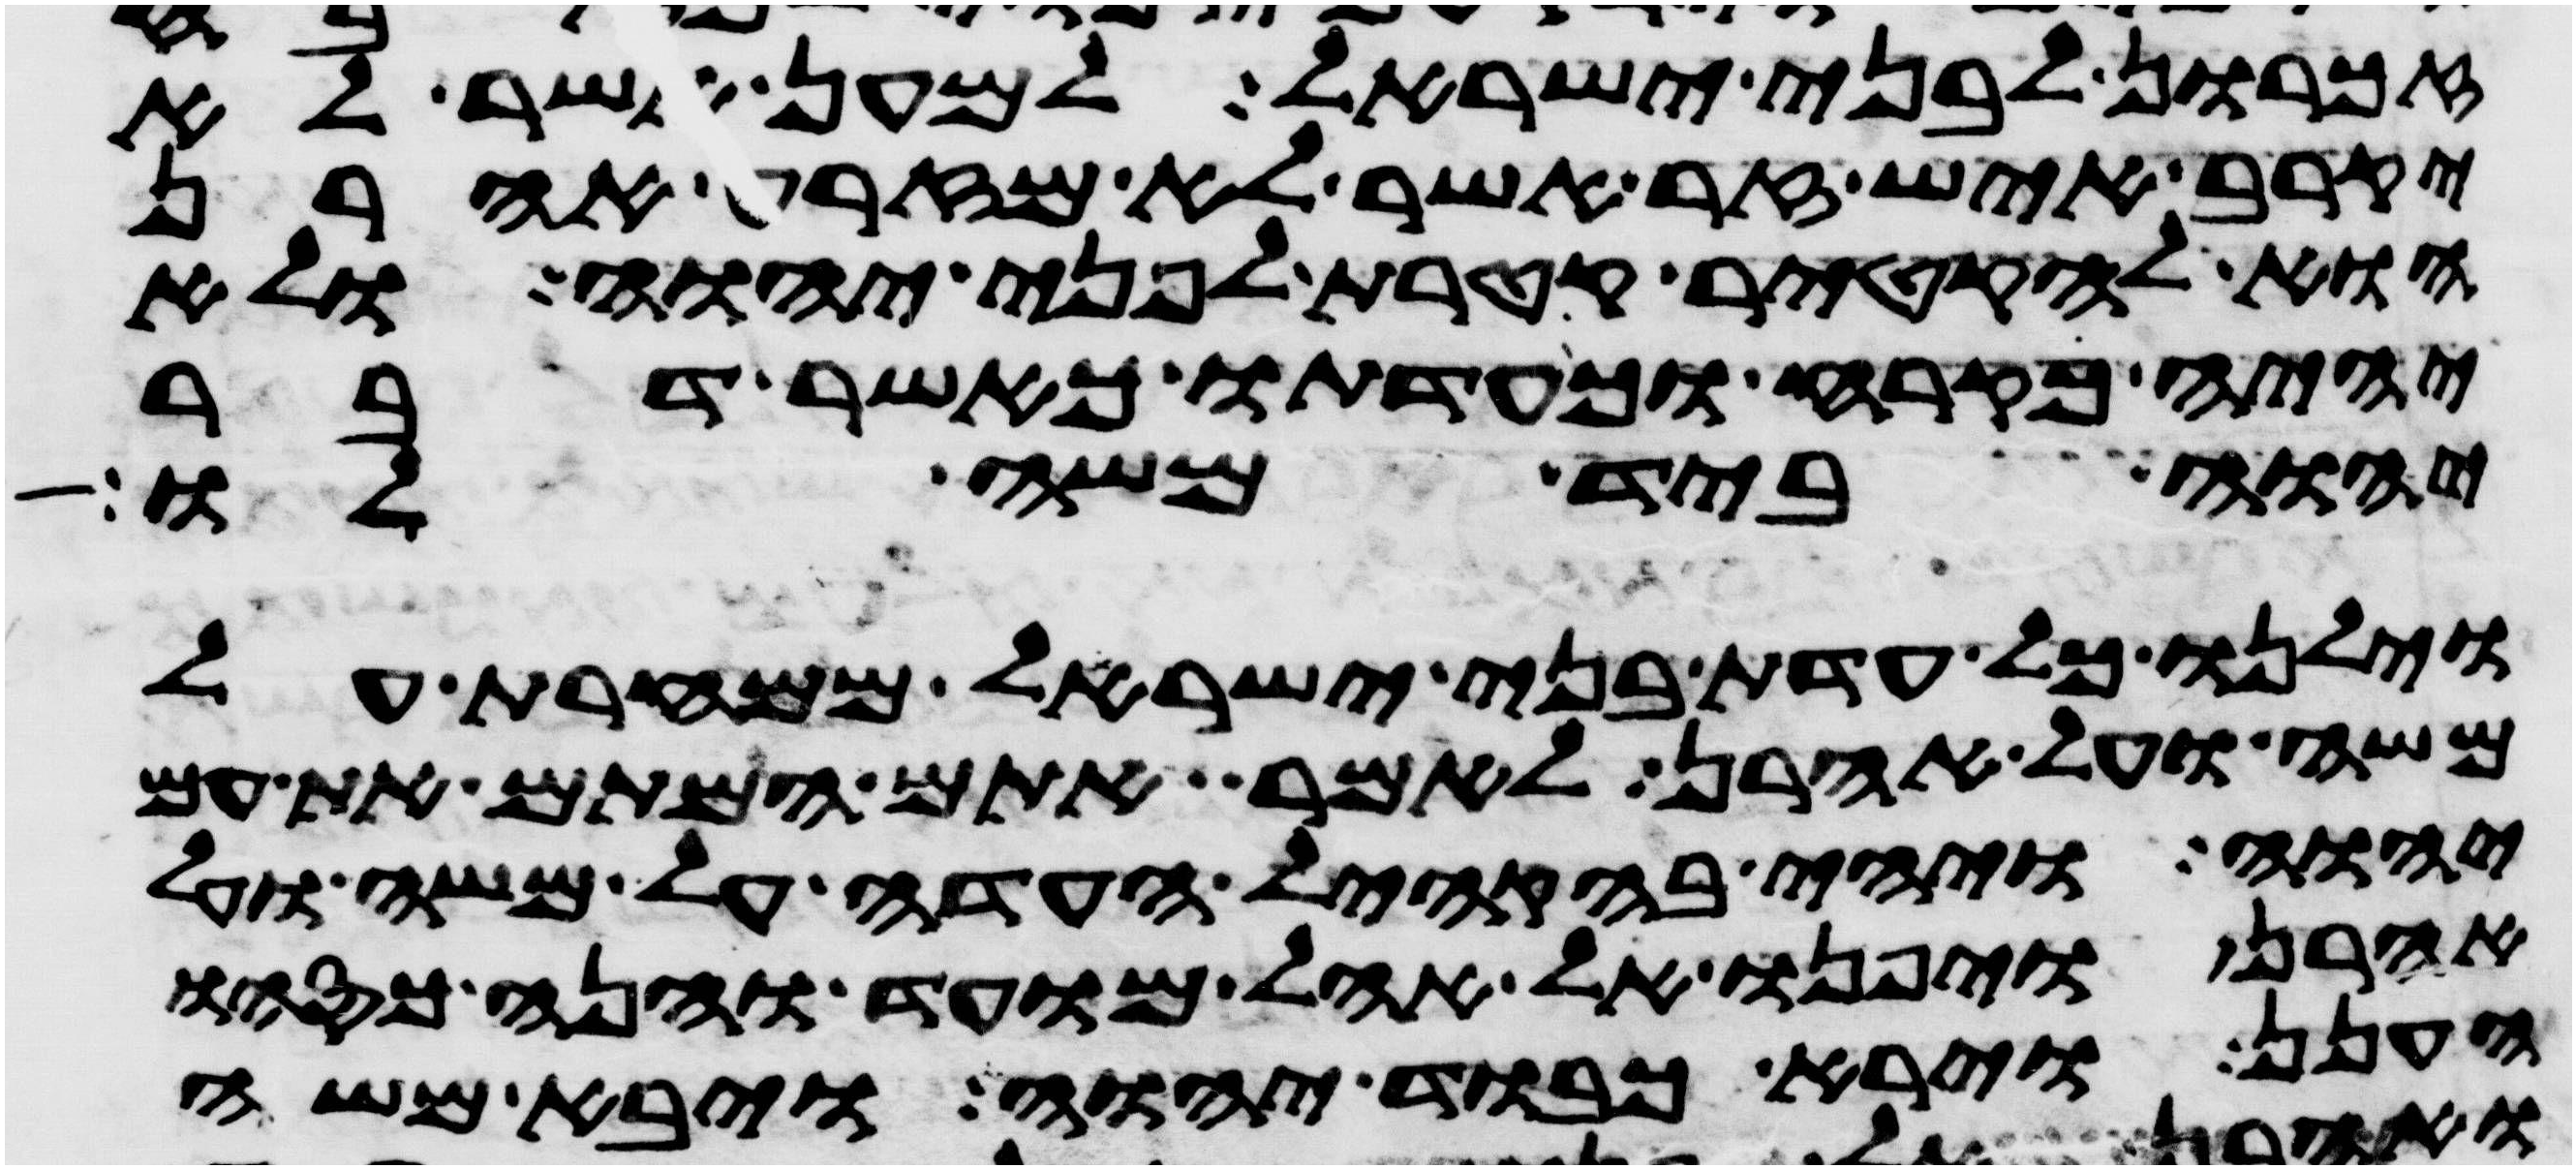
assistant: זכרון לבני ישראל למען אשר לא
יקרב איש זר אשר לא מזרע אהרן
הוא להקטיר קטרת לפני יהוה ולא
יהיה כקרח וכעדתו כאשר דבר
יהוה ביד משה לו
וילנו כל עדת בני ישראל ממחרת על
משה ועל אהרן לאמר אתם המתם את עם
יהוה ויהי בהקהל העדה על משה ועל
אהרן ויפנו אל אהל מועד והנה כסהו
הענן ויראה כבוד יהוה ויבא משה